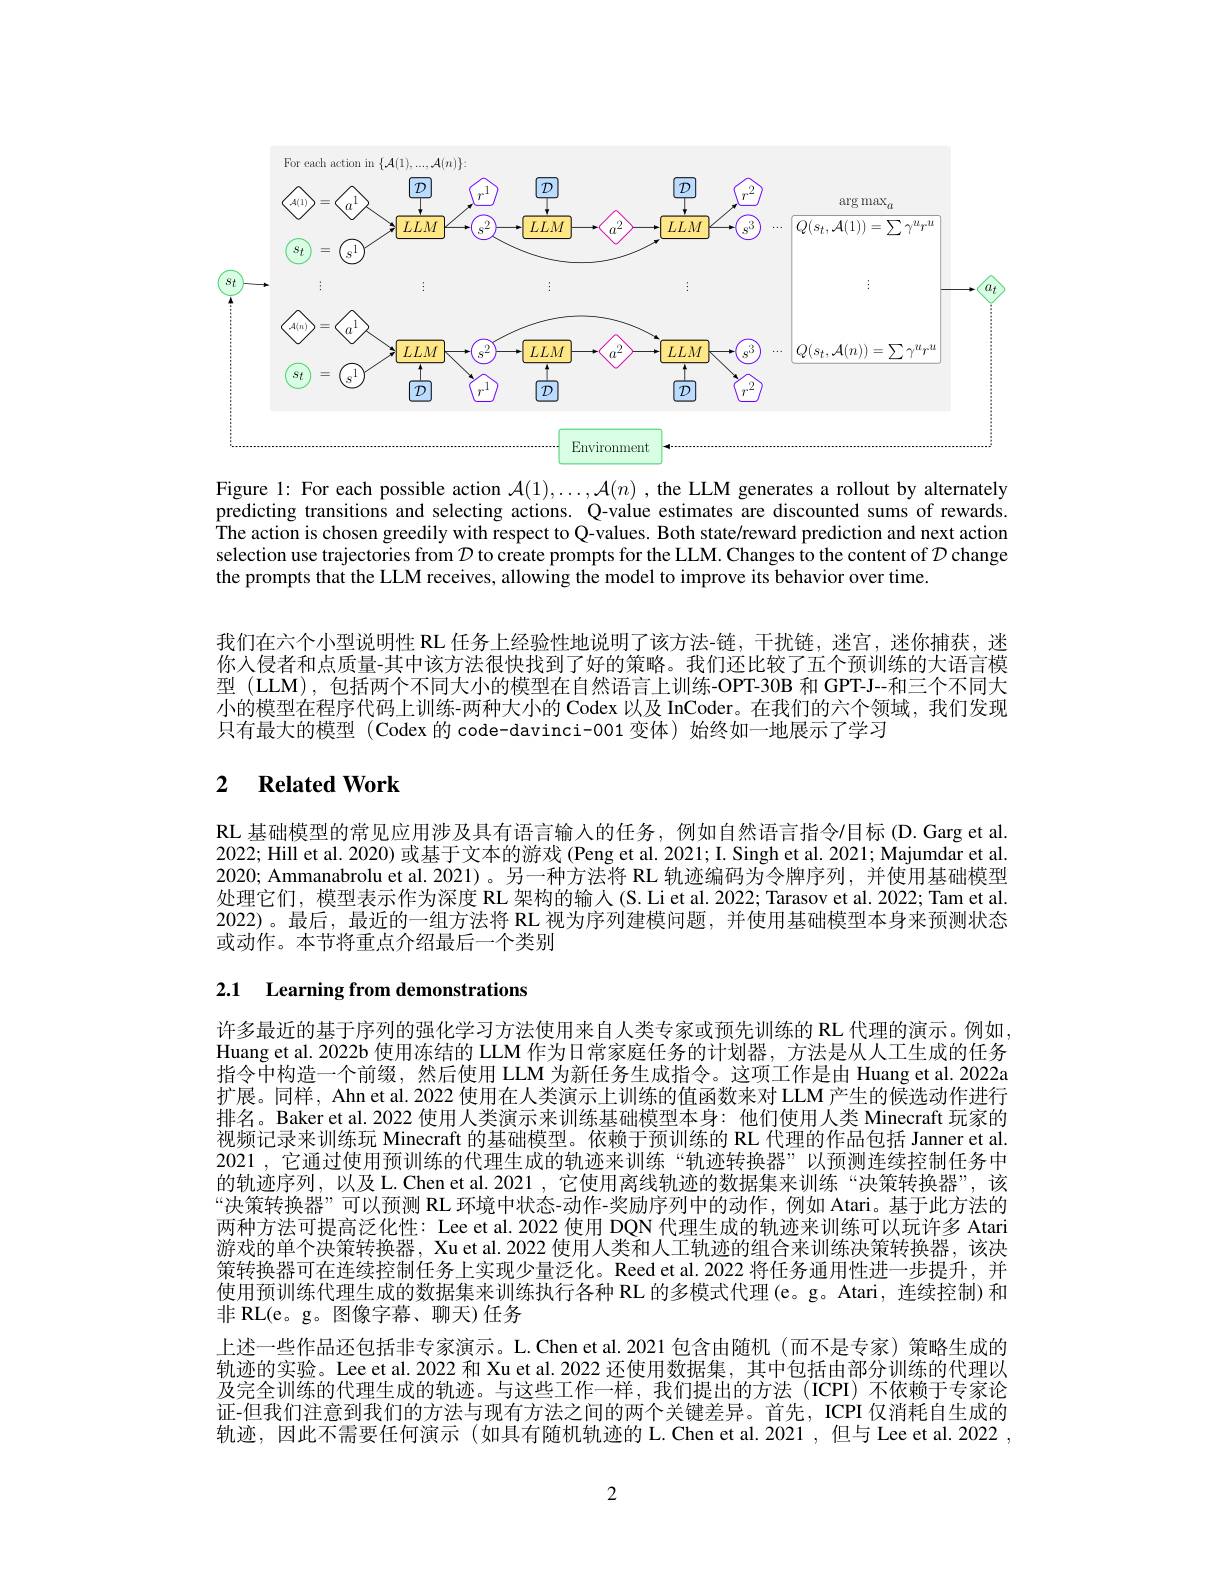
<FigureHere>

Figure l: For each possible action $\mathcal{A}(1),\ldots,\mathcal{A}(n)$ ,the LLM generates a rollout by alternately predicting transitions and selecting actions. Q-value estimates are discounted sums of rewards The action is chosen greedily with respect to Q-values. Both state/reward prediction and next action selection use trajectories from $\mathcal{D}$ to create prompts for the LLM. Changes to the content of $\mathcal{D}$ change the prompts that the LLM receives, allowing the model to improve its behavior over time.

我们在六个小型说明性 RL 任务上经验性地说明了该方法-链，干扰链，迷宫，迷你捕获，迷你入侵者和点质量-其中该方法很快找到了好的策略。我们还比较了五个预训练的大语言模型 (LLM),包括两个不同大小的模型在自然语言上训练-OPT-30B 和 GPT-J--和三个不同大小的模型在程序代码上训练-两种大小的 Codex 以及 InCoder。在我们的六个领域，我们发现只有最大的模型 (Codex 的 code-davinci-001 变体)始终如一地展示了学习

# 2 Related Work

RL 基础模型的常见应用涉及具有语言输入的任务，例如自然语言指令$\prime$目标(D.Garg et al. 2022; Hill et al. 2020) 或基于文本的游戏 (Peng et al. 2021; I. Singh et al. 2021; Majumdar et al. 2020; Ammanabrolu et al. 2021)。另一种方法将 RL 轨迹编码为令牌序列，并使用基础模型处理它们，模型表示作为深度 RL 架构的输入(S.Li et al. 2022; Tarasov et al. 2022; Tam et al. 2022)。最后，最近的一组方法将 RL 视为序列建模问题，并使用基础模型本身来预测状态或动作。本节将重点介绍最后一个类别

## 2.1 Learning from demonstrations

许多最近的基于序列的强化学习方法使用来自人类专家或预先训练的 RL 代理的演示。例如Huang et al. 2022b 使用冻结的 LLM 作为日常家庭任务的计划器，方法是从人工生成的任务指令中构造一个前缀，然后使用 LLM 为新任务生成指令。这项工作是由 Huang et al. 2022a 扩展。同样，Ahn et al. 2022 使用在人类演示上训练的值函数来对 LLM 产生的候选动作进行排名。Baker et al. 2022 使用人类演示来训练基础模型本身：他们使用人类 Minecraft 玩家的视频记录来训练玩 Minecraft 的基础模型。依赖于预训练的 RL 代理的作品包括 Janner et al 2021 , 它通过使用预训练的代理生成的轨迹来训练“轨迹转换器”以预测连续控制任务中的轨迹序列，以及 L. Chen et al. 2021 , 它使用离线轨迹的数据集来训练“决策转换器”,该“决策转换器”可以预测 RL 环境中状态-动作-奖励序列中的动作，例如 Atari。基于此方法的两种方法可提高泛化性：Lee et al. 2022 使用 DQN 代理生成的轨迹来训练可以玩许多 Atari 游戏的单个决策转换器，Xu et al. 2022 使用人类和人工轨迹的组合来训练决策转换器，该决策转换器可在连续控制任务上实现少量泛化。Reed et al.2022 将任务通用性进一步提升，并使用预训练代理生成的数据集来训练执行各种 RL 的多模式代理(e。g。Atari, 连续控制)和非 RL(e。g。图像字幕、聊天)任务
上述一些作品还包括非专家演示。L.Chen et al. 2021 包含由随机(而不是专家)策略生成的轨迹的实验。Lee et al. 2022 和 Xu et al. 2022 还使用数据集，其中包括由部分训练的代理以及完全训练的代理生成的轨迹。与这些工作一样，我们提出的方法(ICPI) 不依赖于专家论证-但我们注意到我们的方法与现有方法之间的两个关键差异。首先，ICPI 仅消耗自生成的轨迹，因此不需要任何演示(如具有随机轨迹的 L.Chen et al.2021,但与 Lee et al.2022 ,

2